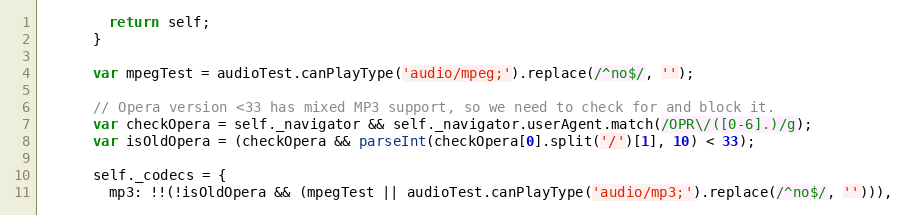
Language: JavaScript
        return self;
      }

      var mpegTest = audioTest.canPlayType('audio/mpeg;').replace(/^no$/, '');

      // Opera version <33 has mixed MP3 support, so we need to check for and block it.
      var checkOpera = self._navigator && self._navigator.userAgent.match(/OPR\/([0-6].)/g);
      var isOldOpera = (checkOpera && parseInt(checkOpera[0].split('/')[1], 10) < 33);

      self._codecs = {
        mp3: !!(!isOldOpera && (mpegTest || audioTest.canPlayType('audio/mp3;').replace(/^no$/, ''))),